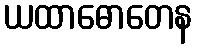
ယထာဓောတေန